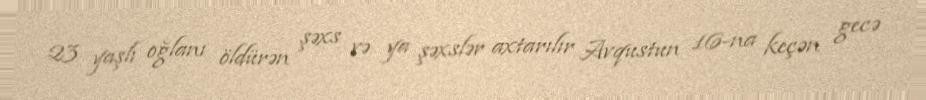
23 yaşlı oğlanı öldürən şəxs və ya şəxslər axtarılır Avqustun 16-na keçən gecə